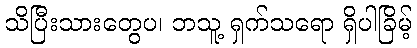
သိပြီးသားတွေပ၊ ဘသူ့ ရှက်သရော ရှိပါခြိမ့်